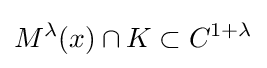
M^{\lambda }(x)\cap K\subset C^{1+\lambda }